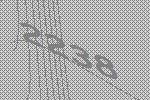
2238